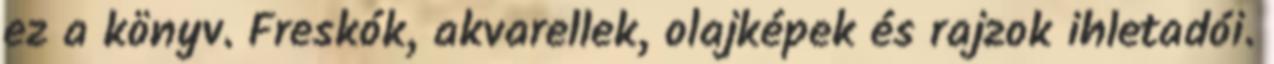
ez a könyv. Freskók, akvarellek, olajképek és rajzok ihletadói.